Indian journal of veterinary science and animal husbandry - Volume 10,
Year: 1940
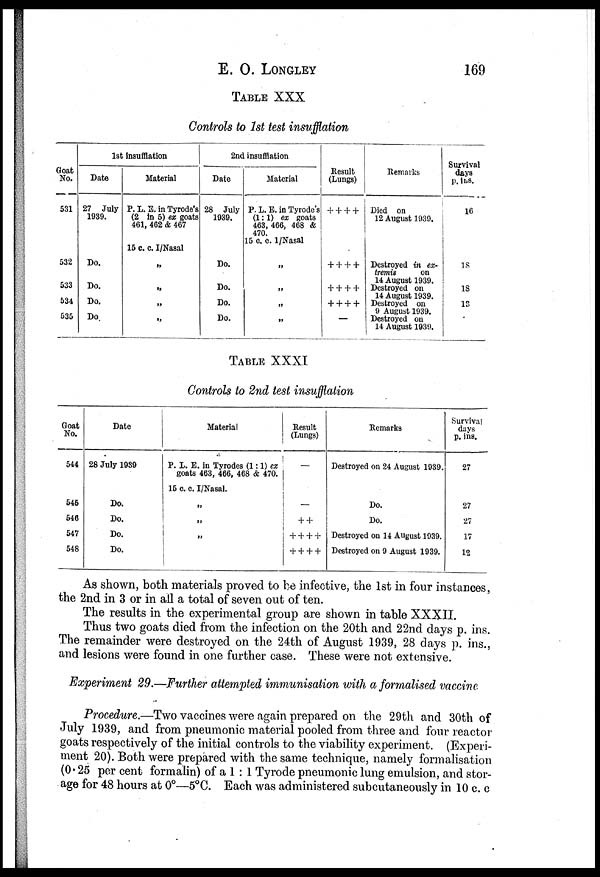
E.
O.
LONGLEY
169
TABLE XXX
Controls to 1st test insufflation
Goat
No.
531
532
533
534
535
1st insufflation
Date
27 July
1939.
Do.
Do.
Do.
Do.
Material
P. L. E. in Tyrode's
(2 in 5) ex goats
461, 462 & 467
15 c. c. I/Nasal
„
„
„
„
2nd insufflation
Date
28 July
1939.
Do.
Do.
Do.
Do.
Material
P. L. E. in Tyrode's
(1:1) ex goats
463, 466, 468 &
470.
15 c. c. 1/Nasal
„
„
„
„
Result
(Lungs)
+ + + +
+ + + +
+ + + +
+ + + +
—
Remarks
Died on
12 August 1939.
Destroyed in ex-
tremis
on
14 August 1939.
Destroyed on
14 August 1939.
Destroyed on
9 August 1939.
Destroyed on
14 August 1939.
Survival
days
p. ins.
16
18
18
13
TABLE XXXI
Controls to 2nd, test insufflation
Goat
No.
544
545
546
547
548
Date
28 July 1939
Do.
Do.
Do.
Do.
Material
P. L. E. in Tyrodes (1:1) ex
goats 463, 466, 468 & 470.
15 c. c. I/Nasal.
„
„
„
„
Result
(Lungs)
—
—
++
+ + + +
+ + + +
Remarks
Destroyed on 24 August 1939.
Do.
Do.
Destroyed on 14 August 1939.
Destroyed on 9 August 1939.
Survival
days
p. ins.
27
27
27
17
12
As shown, both materials proved to be infective, the 1st in four instances,
the 2nd in 3 or in all a total of seven out of ten.
The results in the experimental group are shown in table XXXII.
Thus two goats died from the infection on the 20th and 22nd days p. ins.
The remainder were destroyed on the 24th of August 1939, 28 days p. ins.,
and lesions were found in one further case. These were not extensive.
Experiment 29.—Further attempted immunisation with a formalised vaccine
Procedure.—Two vaccines were again prepared on the 29th and 30th of
July 1939, and from pneumonic material pooled from three and four reactor
goats respectively of the initial controls to the viability experiment. (Experi-
ment 20). Both were prepared with the same technique, namely formalisation
(0.25 per cent formalin) of a 1 : 1 Tyrode pneumonic lung emulsion, and stor-
age for 48 hours at 0°—5°C. Each was administered subcutaneously in 10 c. c